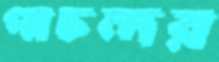
পাচন্দর